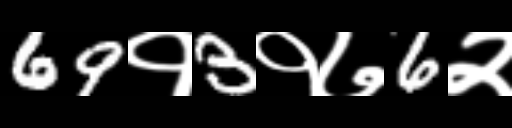
Text: 69१3१७6२